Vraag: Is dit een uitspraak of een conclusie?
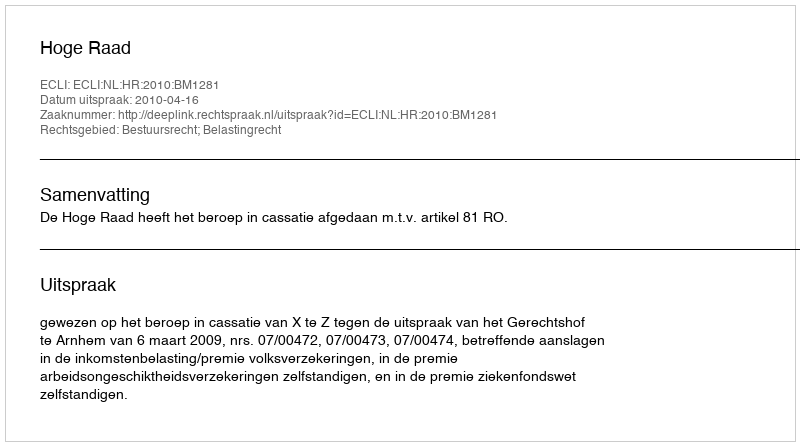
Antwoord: Uitspraak